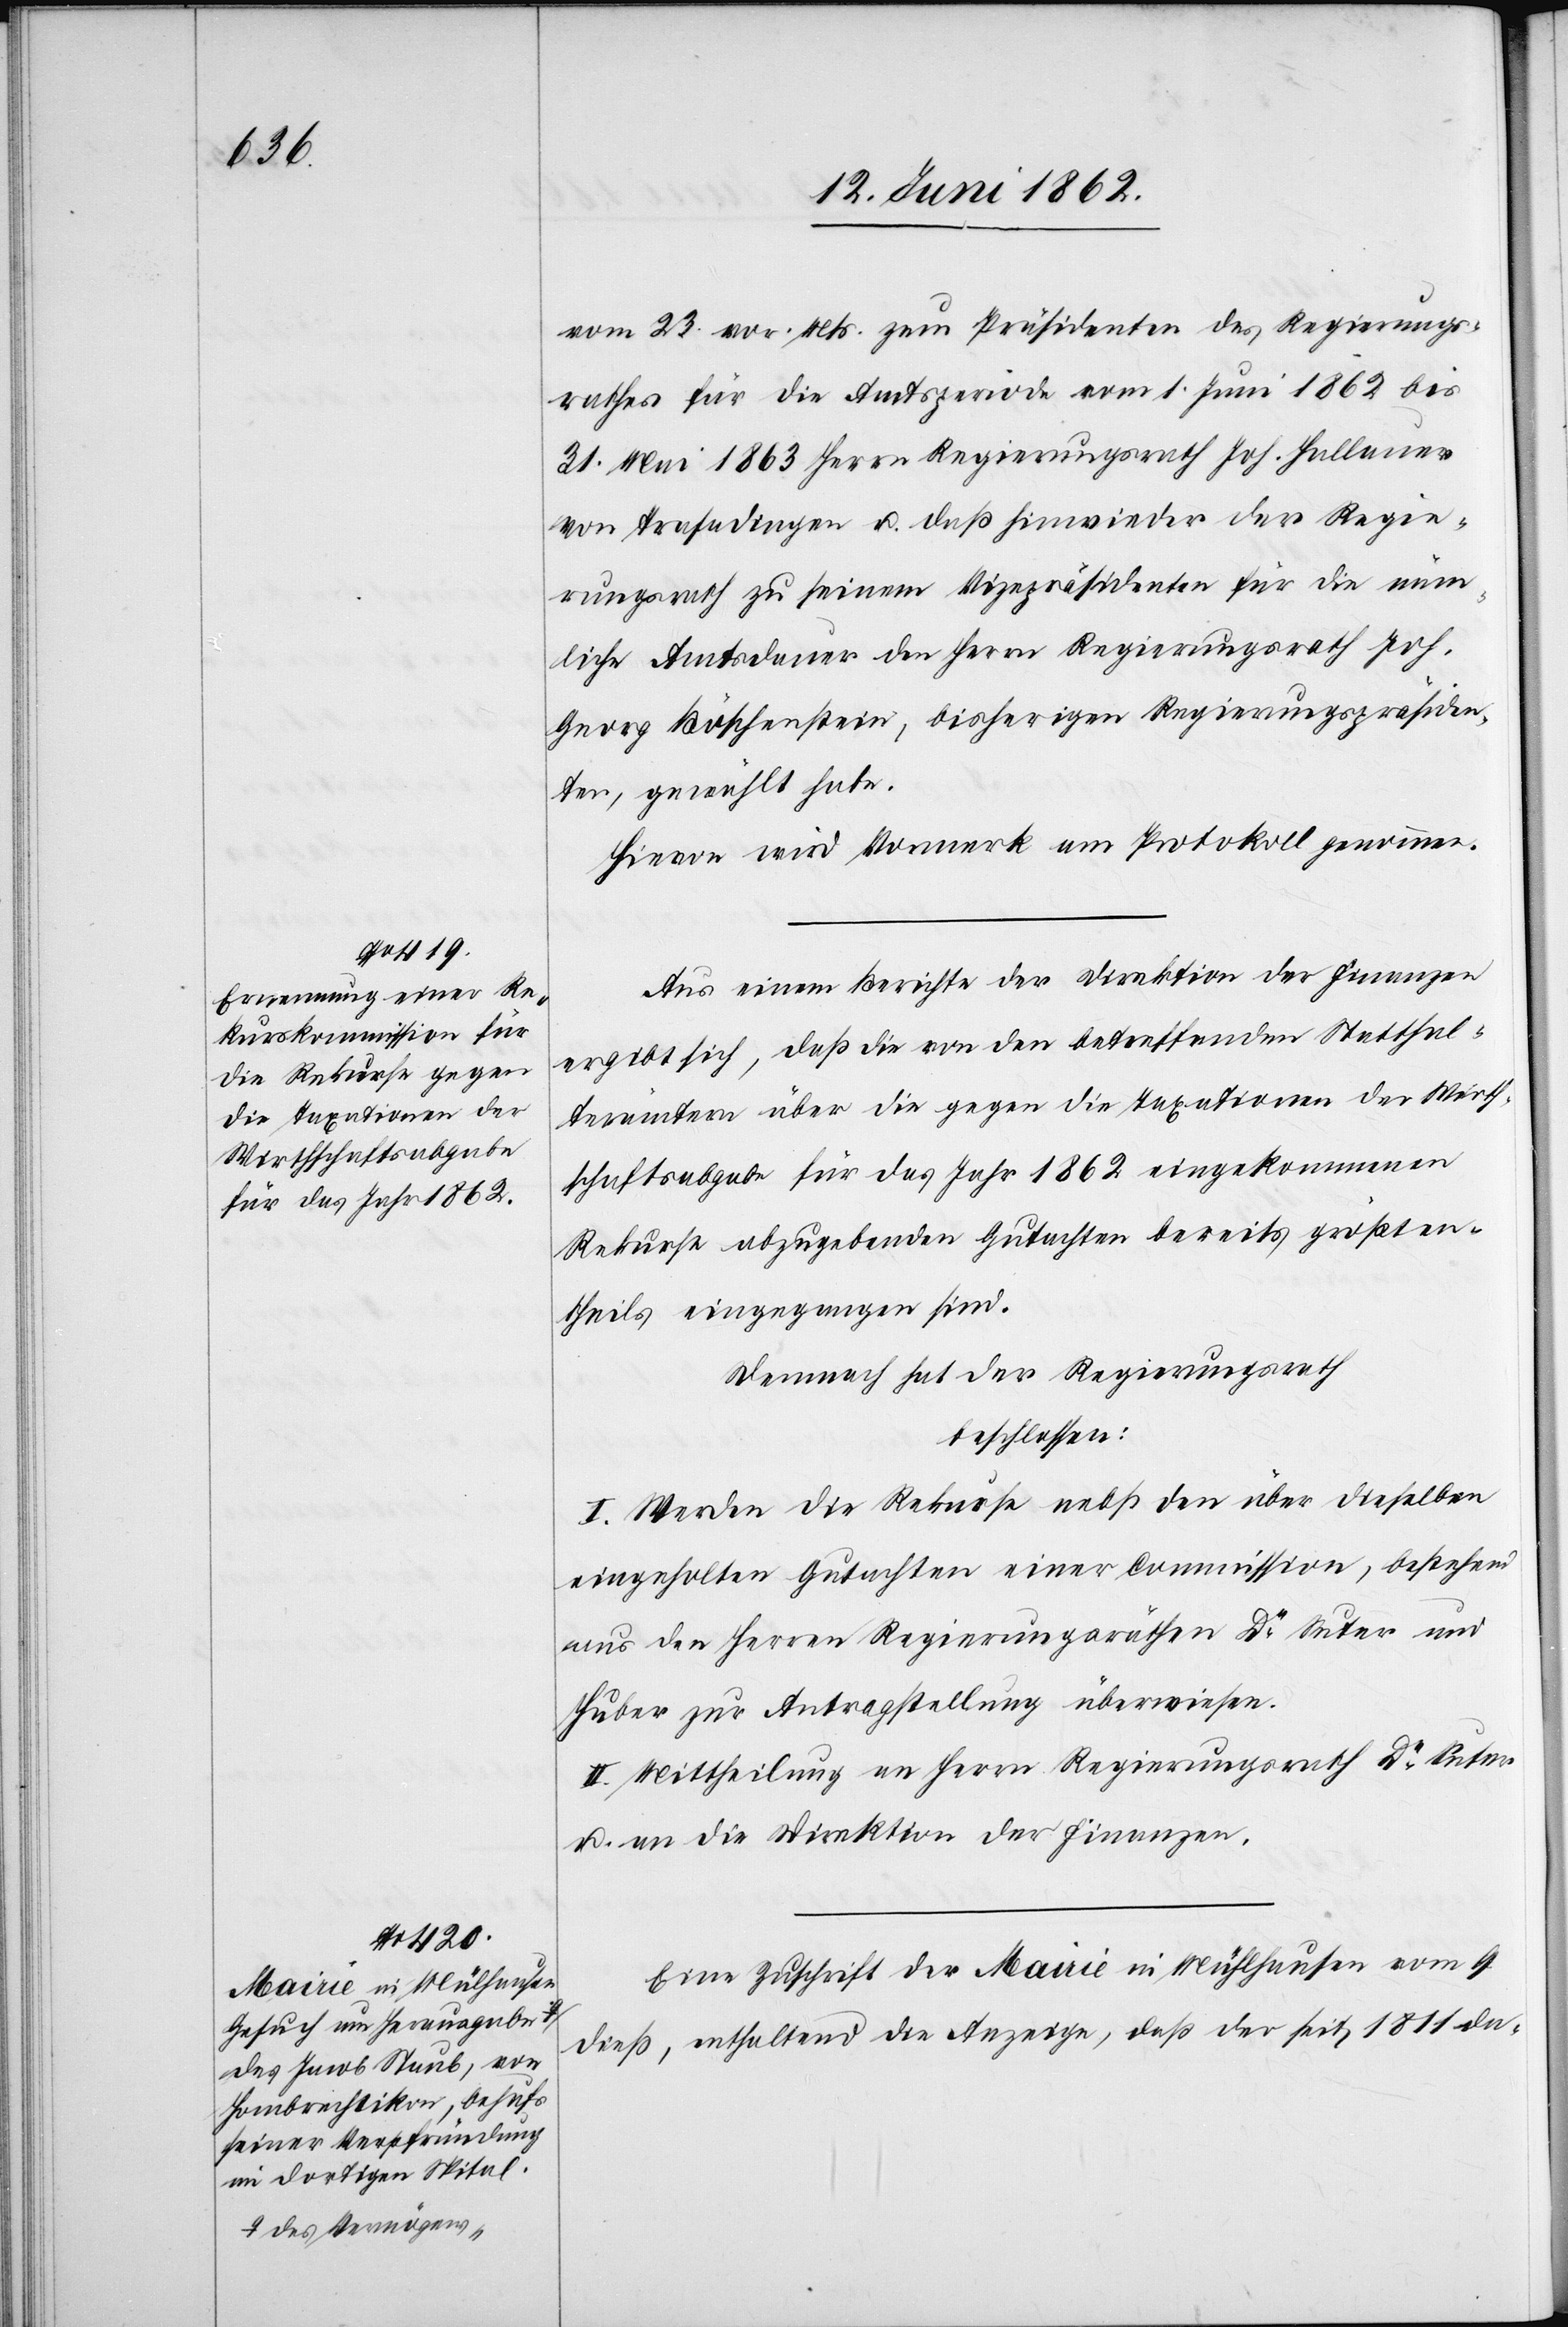
vom 23. vor. Mts. zum Präsidenten des Regierungs¬
rathes für die Amtsperiode vom 1. Juni 1862 bis
31. Mai 1863 Herrn Regierungsrath Joh. Hallauer
von Trasadingen u. daß hinwieder der Regie¬
rungsrath zu seinem Vizepräsidenten für die näm¬
liche Amtsdauer den Herrn Regierungsrath Joh.
Georg Boschenstein, bisherigen Regierungspräsiden¬
ten, gewählt habe.
Hievon wird Vormerk am Protokoll genommen.
Aus einem Berichte der Direktion der Finanzen
ergibt sich, daß die von den betreffenden Statthal¬
terämtern über die gegen die Taxationen der Wirth¬
schaftsabgabe für das Jahr 1862 eingekommenen
Rekurse abzugebenden Gutachten bereits größten¬
theils eingegangen sind.
Demnach hat der Regierungsrath
beschlossen:
I. Werden die Rekurse nebst den über dieselben
eingeholten Gutachten einer Commission, bestehend
aus den Herren Regierungsräthen Dr. Suter und
Huber zur Antragstellung überwiesen.
II. Mittheilung an Herr Regierungsrath Dr. Suter
u. an die Direktion der Finanzen.
Eine Zuschrift des Maire in Mühlhausen vom 9.
dieß, enthaltend die Anzeige, daß der seit 1811 da-